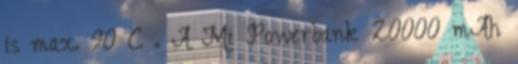
is max. 90°C . A Mi Powerbank 20000 mAh